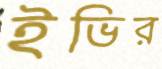
ইভির